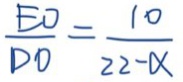
\frac { E O } { D O } = \frac { 1 0 } { 2 2 - \alpha }